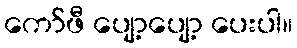
ကော်ဖီ ပျော့ပျော့ ပေးပါ။